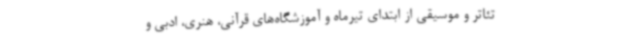
تئاتر و موسیقی از ابتدای تیرماه و آموزشگاه‌های قرآنی، هنری، ادبی و